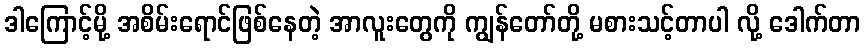
ဒါကြောင့်မို့ အစိမ်းရောင်ဖြစ်နေတဲ့ အာလူးတွေကို ကျွန်တော်တို့ မစားသင့်တာပါ လို့ ဒေါက်တာ